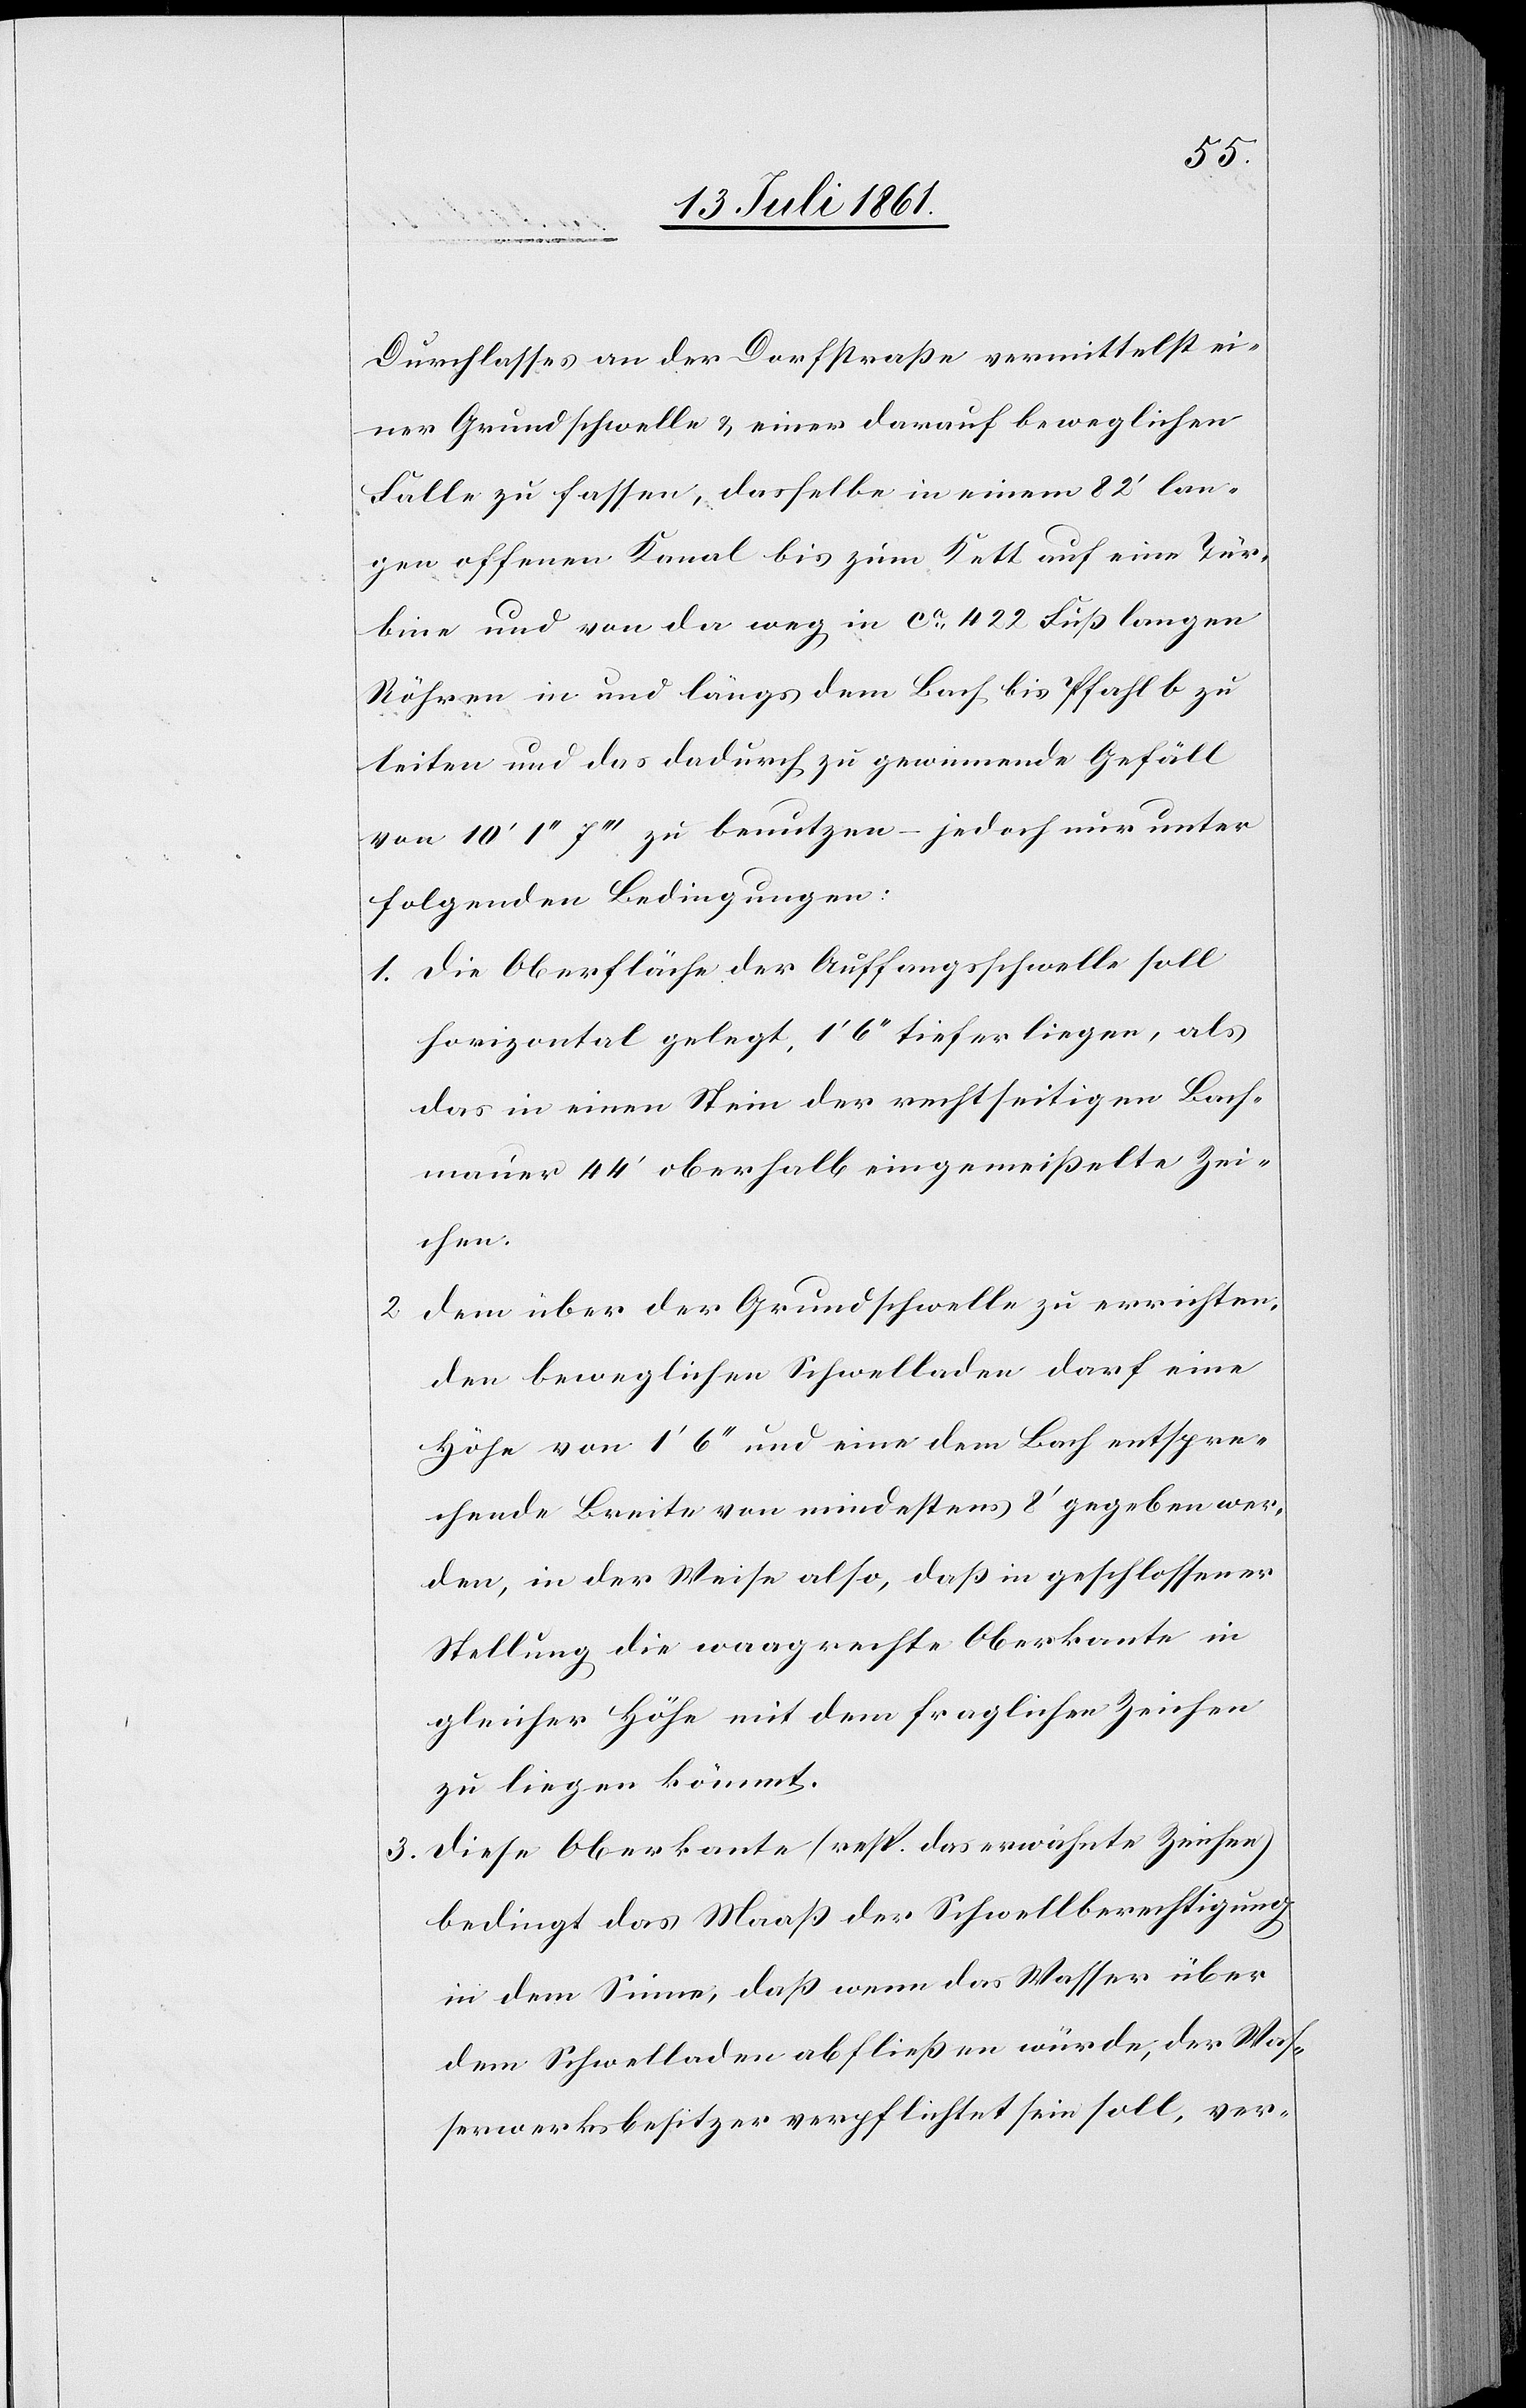
2.

3.

Durchlasses an der Dorfstraße vermittelst ei¬
ner Grundschwelle u. einer darauf beweglichen
Falle zu fassen, dasselbe in einem 82’ lan¬
gen offenen Kanal bis zum Kett auf eine Tur¬
bine und von da weg in ca 422 Fuß langen
Röhren in und längs dem Bach bis Pfahl b zu
leiten und das dadurch zu gewinnende Gefäll
von 10’ 1“ 7’’’ zu benutzen – jedoch nur unter
folgenden Bedingungen:
1. Die Oberfläche der Auffangsschwelle soll
horizontal gelegt, 1’ 6“ tiefer liegen, als
das in einen Stein der rechtseitigen Bach¬
mauer 44’ oberhalb eingemeißelte Zei¬
chen.
Dem über der Grundschwelle zu errichten¬
den beweglichen Schwelladen darf eine
Höhe von 1’ 6“ und eine dem Bach entspre¬
chende Breite von mindestens 8’ gegeben wer¬
den, in der Weise also, daß in geschlossener
Stellung die waagrechte Oberkante in
gleicher Höhe mit dem fraglichen Zeichen
zu liegen kömmt.
Diese Oberkante (resp. das erwähnte Zeichen)
bedingt das Maaß der Schwellberechtigung
in dem Sinne, daß wenn das Wasser über
dem Schwelladen abfließen würde, der Was¬
serwerksbesitzer verpflichtet sein soll, ver-